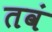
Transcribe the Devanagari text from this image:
तवं